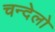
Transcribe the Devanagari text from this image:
चन्देलो